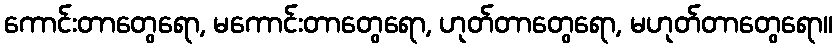
ကောင်းတာတွေရော, မကောင်းတာတွေရော, ဟုတ်တာတွေရော, မဟုတ်တာတွေရော။